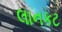
લાનકટ